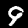
Label: 9